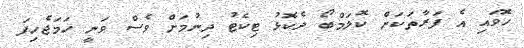
ހޮވައި އެ ފަރާތަކަށް ކޮލަމްބޯ ދެކޮޅު ޓިކެޓު ދިނުމަށް ވެސް ވަނީ ހަމަޖެހިފަ